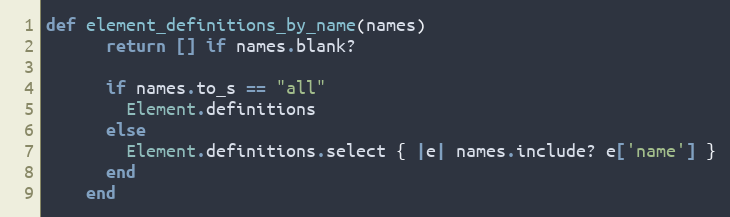
Language: Ruby
def element_definitions_by_name(names)
      return [] if names.blank?

      if names.to_s == "all"
        Element.definitions
      else
        Element.definitions.select { |e| names.include? e['name'] }
      end
    end